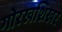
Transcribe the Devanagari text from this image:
गोरखशिखर